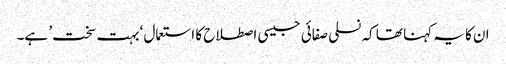
ان کا یہ کہنا تھا کہ نسلی صفائی جیسی اصطلاح کا استعمال ‘بہت سخت’ ہے۔